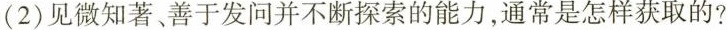
(2)见微知著、善于发问并不断探索的能力，通常是怎样获取的?